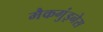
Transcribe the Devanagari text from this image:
मैकगुंइनेस